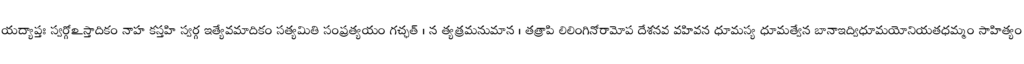
యద్యాప్తః స్వర్గోఽస్తాదికం నాహ కస్తహి స్వర్గ ఇత్యేవమాదికం సత్యమితి సంప్రత్యయం గచ్ఛత్ । న త్యత్రమనుమాన । తత్రాపి లిలింగినోరామోప దేశనవ వహివన ధూమస్య ధూమత్వేన బానాఇద్విధూమయోనియతధమ్మం సాహిత్యం